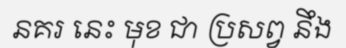
នគរ នេះ មុខ ជា ប្រសព្វ នឹង